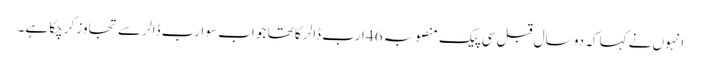
انہوں نے کہا کہ دو سال قبل سی پیک منصوبہ 46 ارب ڈالر کا تھا جو اب سو ارب ڈالر سے تجاوز کرچکا ہے۔